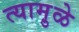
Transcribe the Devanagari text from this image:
त्यामु़ळे